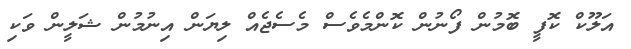
އަލޫކް ކޮފީ ބޮމުން ފޯނުން ކޮންމެވެސް މެސެޖެއް ލިޔަން އިނުމުން ޝަލީން ވަކި